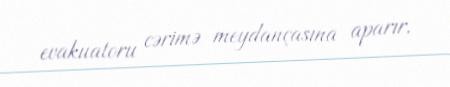
evakuatoru cərimə meydançasına aparır.